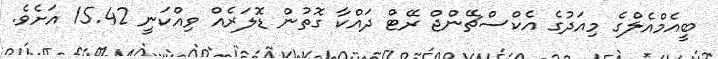
ބީއެމްއެލްގެ މިއަދުގެ އެކްސްޗޭންޖް ރޭޓް ދައްކާ ގޮތުން ޑޮލަރެއް ވިއްކަނީ 15.42 އަށެވެ.